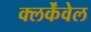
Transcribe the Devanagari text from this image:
क्लर्केंवेल